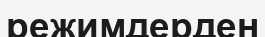
режимдерден